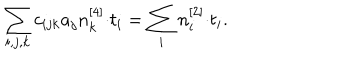
\sum _ { i , j , k } c _ { i j k } a _ { j } n _ { k } ^ { [ 4 ] } { \cdot } t _ { i } = \sum _ { i } n _ { i } ^ { [ 2 ] } { \cdot } t _ { i } .